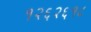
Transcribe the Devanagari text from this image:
१२६२६१८